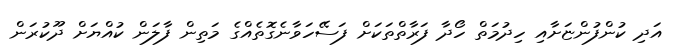
އަދި ކުންފުންޏަށާއި ހިދުމަތް ހޯދާ ފަރާތްތަކަށް ފަސޭހަވާނެގޮތެއްގެ މަތިން ފާލަން ކުއްޔަށް ދޫކުރަން